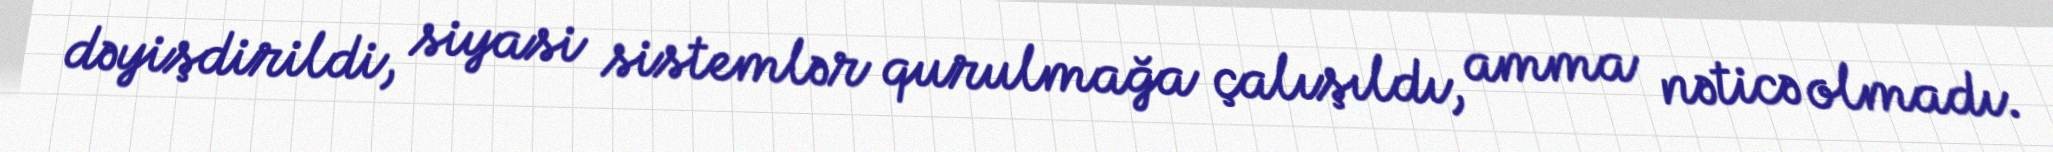
dəyişdirildi, siyasi sistemlər qurulmağa çalışıldı, amma nəticə olmadı.